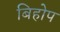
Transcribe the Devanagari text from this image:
बिहोप